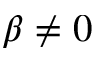
\beta \neq 0